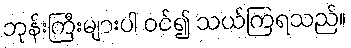
ဘုန်းကြီးများပါ ဝင်၍ သယ်ကြရသည်။